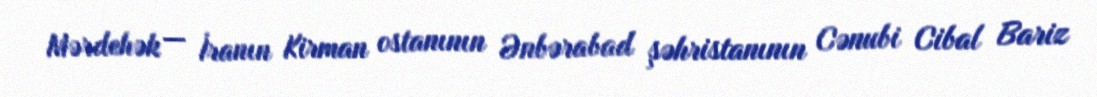
Mərdehək — İranın Kirman ostanının Ənbərabad şəhristanının Cənubi Cibal Bariz